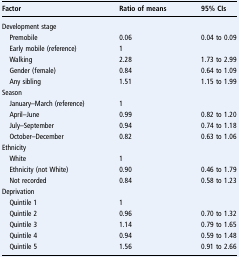
| Factor | Ratio of means | 95% CIs |
 | --- | --- | --- |
 | <COLSPAN=3> Development stage |
 | Premobile | 0.06 | 0.04 to 0.09 |
 | Early mobile (reference) | 1 |  |
 | Walking | 2.28 | 1.73 to 2.99 |
 | Gender (female) | 0.84 | 0.64 to 1.09 |
 | Any sibling | 1.51 | 1.15 to 1.99 |
 | <COLSPAN=3> Season |
 | January–March (reference) | 1 |  |
 | April–June | 0.99 | 0.82 to 1.20 |
 | July–September | 0.94 | 0.74 to 1.18 |
 | October–December | 0.82 | 0.63 to 1.06 |
 | <COLSPAN=3> Ethnicity |
 | White | 1 |  |
 | Ethnicity (not White) | 0.90 | 0.46 to 1.79 |
 | Not recorded | 0.84 | 0.58 to 1.23 |
 | <COLSPAN=3> Deprivation |
 | Quintile 1 | 1 |  |
 | Quintile 2 | 0.96 | 0.70 to 1.32 |
 | Quintile 3 | 1.14 | 0.79 to 1.65 |
 | Quintile 4 | 0.94 | 0.59 to 1.48 |
 | Quintile 5 | 1.56 | 0.91 to 2.66 |